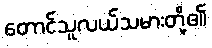
တောင်သူလယ်သမားတို့၏